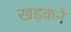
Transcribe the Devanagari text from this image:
खड़कने